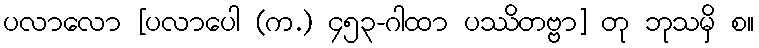
ပလာလော [ပလာပေါ (က.) ၄၅၃-ဂါထာ ပဿိတဗ္ဗာ] တု ဘုသမှိ စ။